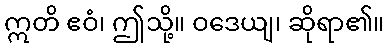
ဣတိ ဧဝံ၊ ဤသို့။ ဝဒေယျ၊ ဆိုရာ၏။